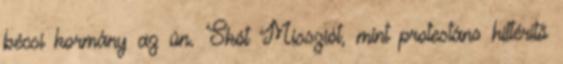
bécsi kormány az ún. Skót Missziót, mint protestáns hittérítő